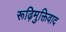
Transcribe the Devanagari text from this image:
रूढ़िमुक्तिवाद